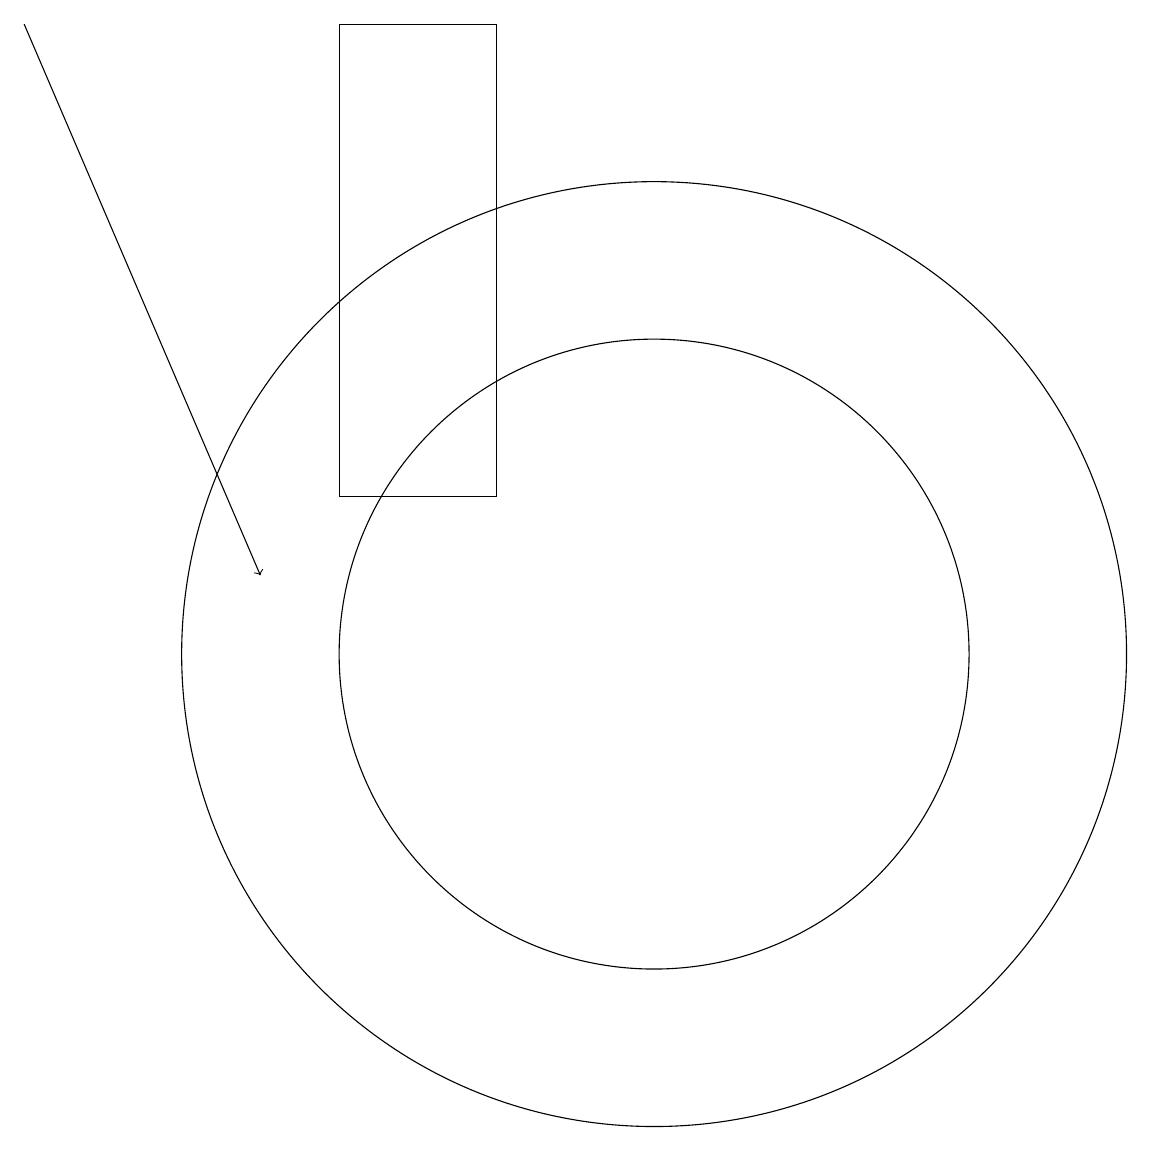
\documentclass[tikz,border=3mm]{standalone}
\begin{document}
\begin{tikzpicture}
\draw (10,10) circle (6);
\draw (8,18) rectangle (6,12);
\draw (10,10) circle (4);
\draw[->] (2,18) -- (5,11);
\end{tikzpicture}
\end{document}